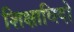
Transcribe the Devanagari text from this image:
शिक्षाविदो